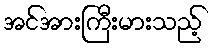
အင်အားကြီးမားသည့်